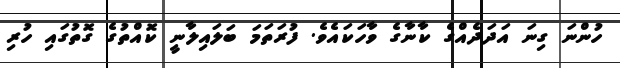
ހުންނަ ގިނަ އަދަދެއްގެ ކާނާގެ ވާހަކައެވެ. ފުރަތަމަ ބަލައިލާނީ ކޮއްތުގެ ގޮތުގައި ހުރި